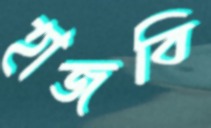
হাজবি